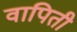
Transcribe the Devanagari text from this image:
वापिती